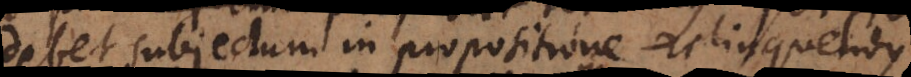
debet subjectum in propositione relinquendus